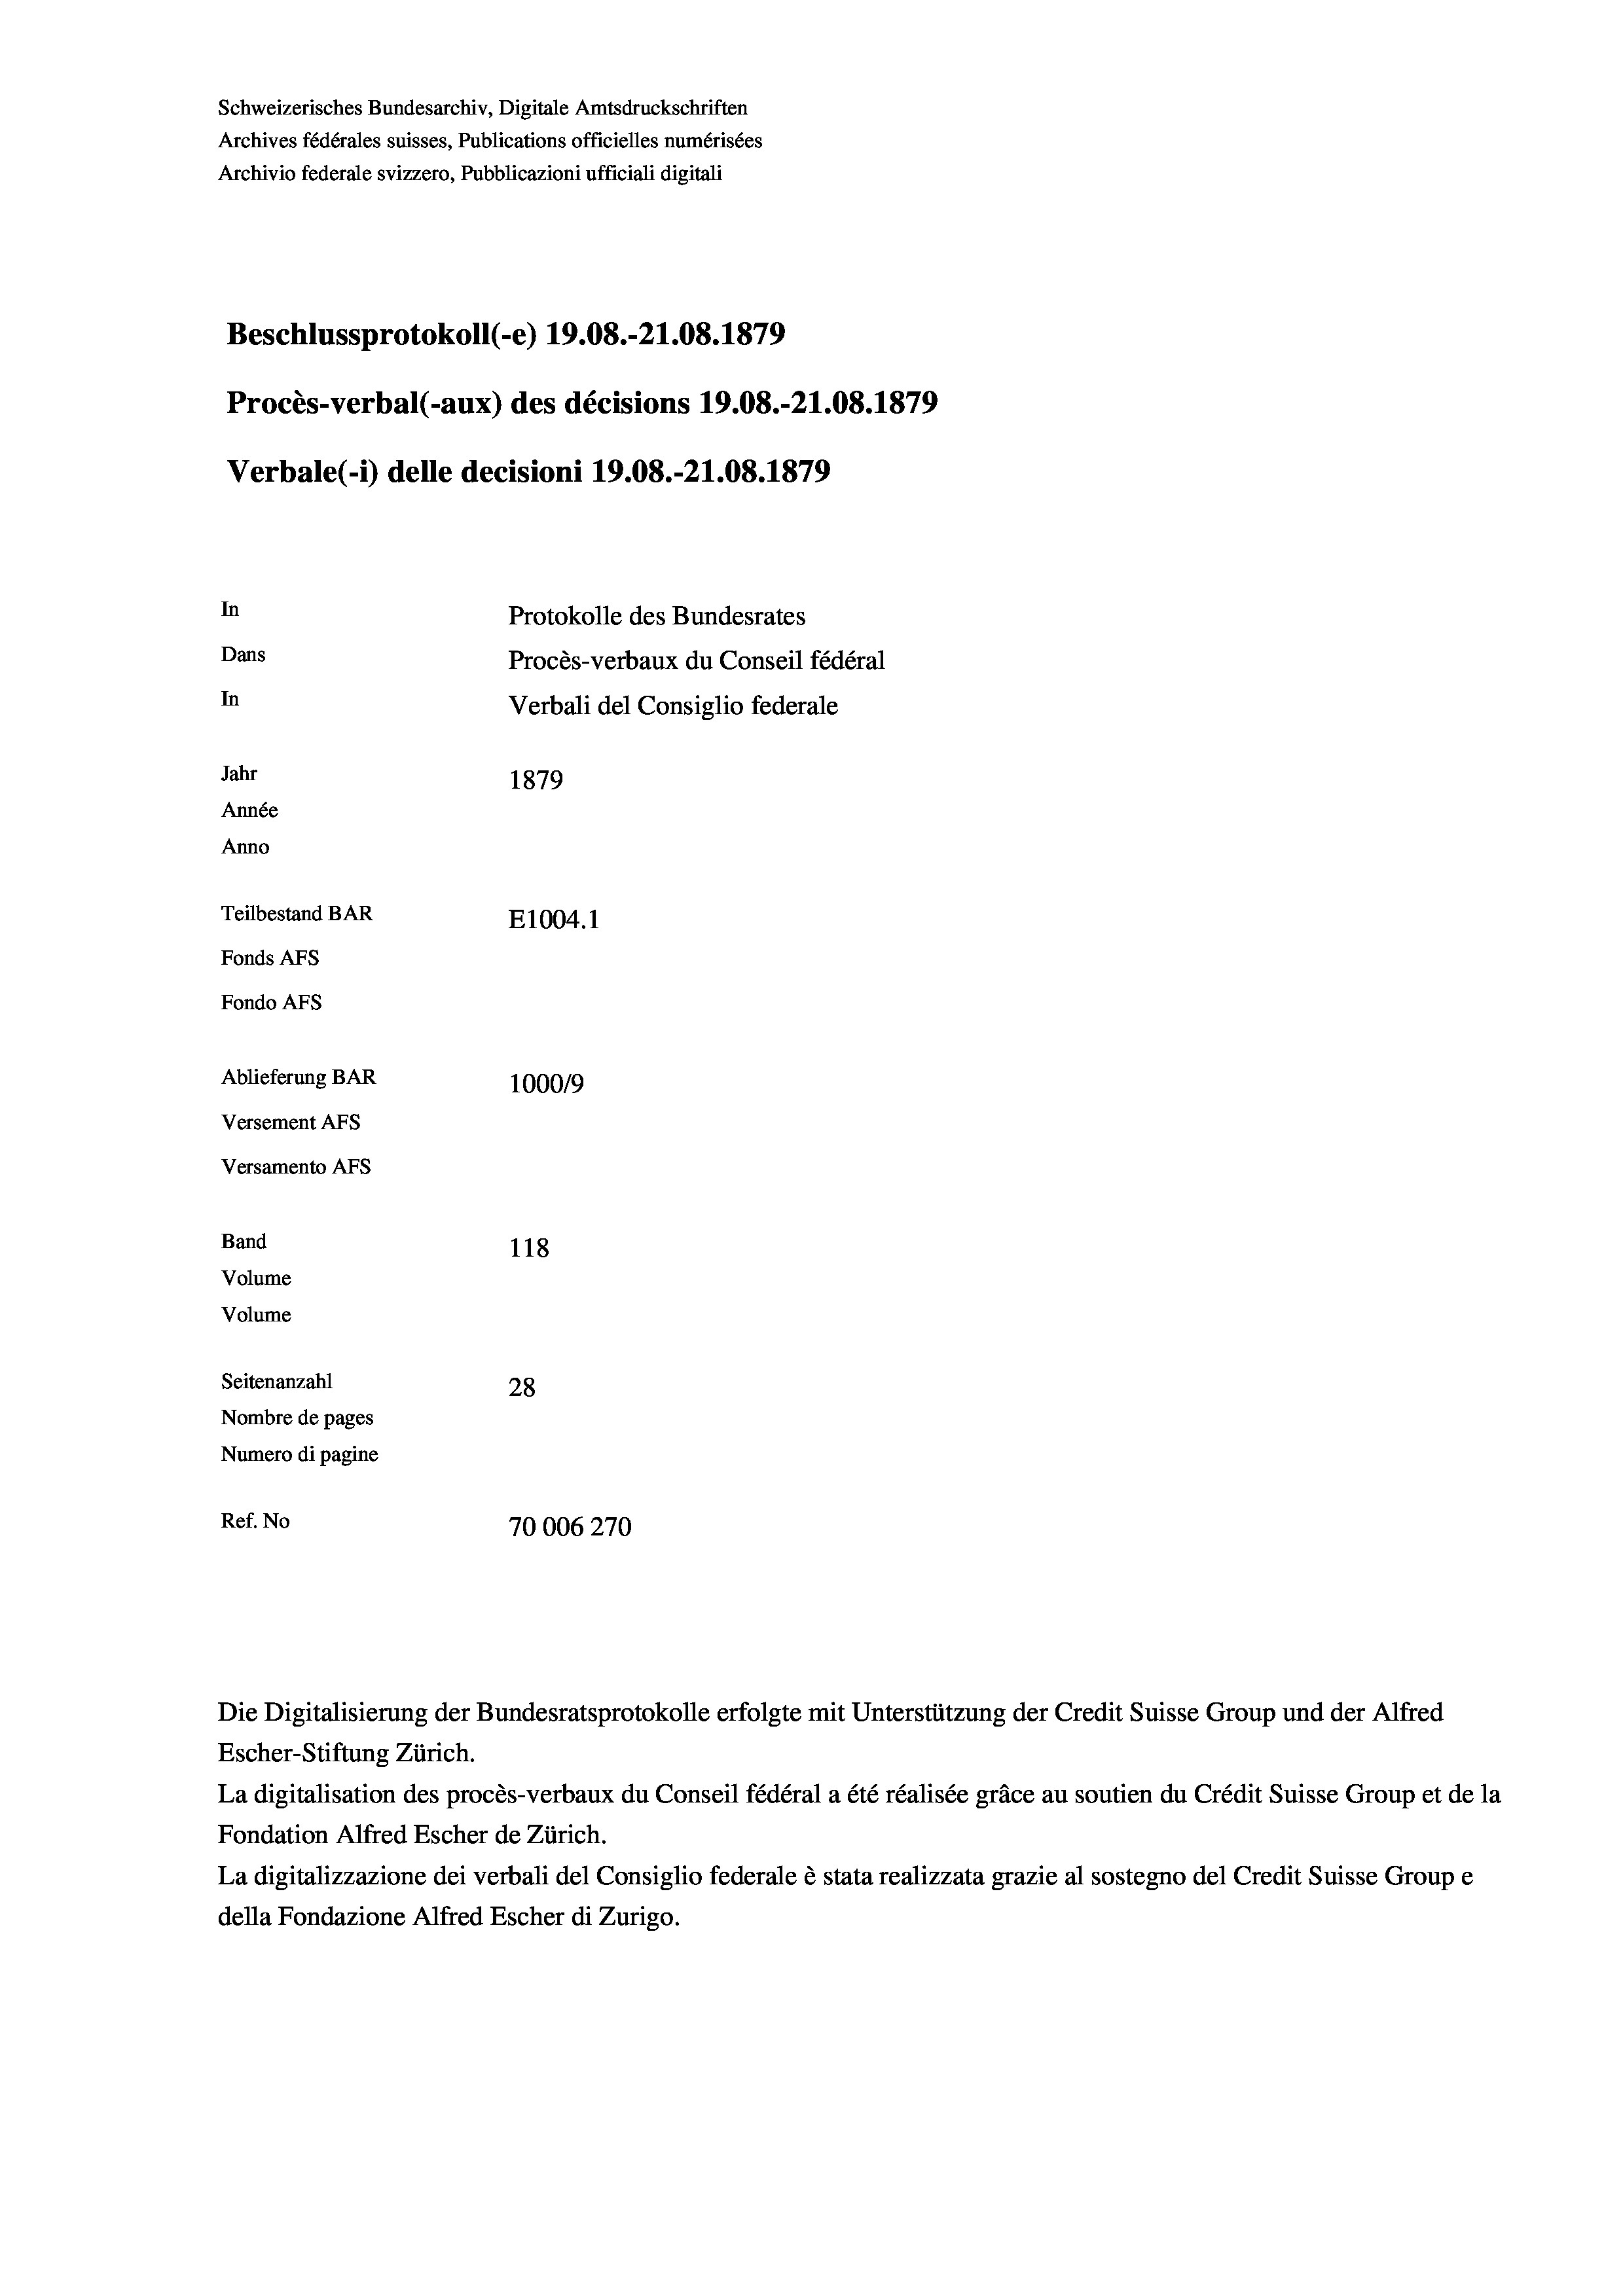
Schweizerisches Bundesarchiv, Digitale Amtsdruckschriften
Archives fédérales suisses, Publications officielles numérisées
Archivio federale svizzero, Pubblicazioni ufficiali digitali
Beschlussprotokoll (-e) 19.08.-21.08. 1879
Procès-verbal (-aux) des décisions 19.08.-21.08. 1879
Verbale (- 1) delle decisioni 19.08.-21.08. 1879
In
Protokolle des Bundesrates
Dans
Procès-verbaux du Conseil fédéral
In
Verbali del Consiglio federale
Jahr
1879
Année
Anno
Teilbestand BAR
E1004.1
Fonds AFs
Fondo AFS
Ablieferung BAR
100019
Versement AFs
Versamento Afs
Band
118
Volume
Volume
Seitenanzahl
28
Nombre de pages
Numero di pagine
Ref. No
70006270

Escher-Stiftung Zürich.
La digitalisation des procès-verbaux du Conseil fédéral a été réalisée gräce au soutien du Crédit Suisse Group et de la
Fondation Alfred Escher de Zürich.
La digitalizzazione dei verbali del Consiglio federale è stata realizzata grazie al sostegno del Credit Suisse Groupe
della Fondazione Alfred Escher di Zurigo.

Die Digitalisierung der Bundesratsprotokolle erfolgte mit Unterstützung der Credit Suisse Group und der Alfred